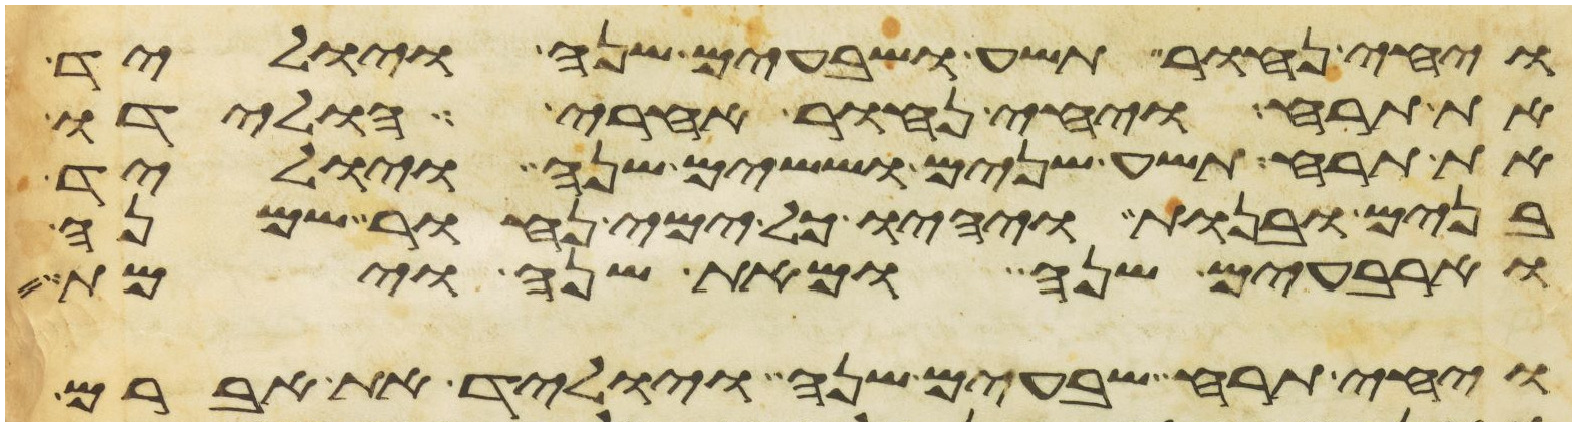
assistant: ויחי נחור תשע ושבעים שנה ויוליד
את תרח ויחי נחור אחרי הולידו
את תרח תשע שנים וששים שנה ויוליד
בנים ובנות ויהיו כל ימי נחור שמנה
וארבעים שנה ומאת שנה וימת
ויחי תרח שבעים שנה ויוליד את אברם